Plague in India, 1896, 1897 - Volume 1
Year: 1896
Disease focus: Plague
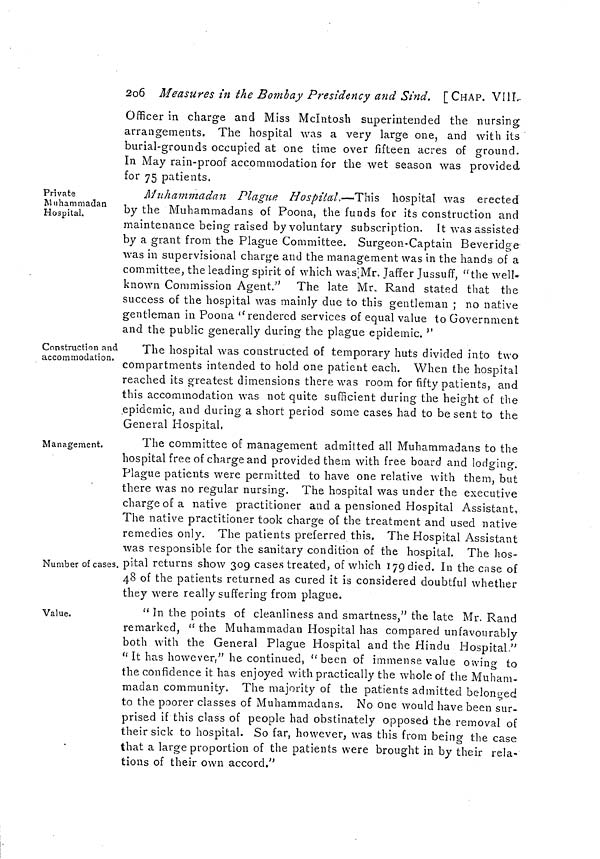
2o6 Measures in the Bombay Presidency and Sind. [CHAP. VIII.
Officer in charge and Miss McIntosh superintended the nursing
arrangements. The hospital was a very large one, and with its
burial-grounds occupied at one time over fifteen acres of ground.
In May rain-proof accommodation for the wet season was provided
for 75 patients.
Private
Muhammadan
Hospital.
Muhammadan Plague Hospital.—This hospital was erected
by the Muhammadans of Poona, the funds for its construction and
maintenance being raised by voluntary subscription. It was assisted
by a grant from the Plague Committee. Surgeon-Captain Beveridge
was in supervisional charge and the management was in the hands of a
committee, the leading spirit of which was Mr. Jaffer Jussuff, "the well-
known Commission Agent.'" The late Mr. Rand stated that the
success of the hospital was mainly due to this gentleman ; no native
gentleman in Poona "rendered services of equal value to Government
and the public generally during the plague epidemic. "
Construction and
accommodation.
The hospital was constructed of temporary huts divided into two
compartments intended to hold one patient each. When the hospital
reached its greatest dimensions there was room for fifty patients, and
this accommodation was not quite sufficient during the height of the
epidemic, and during a short period some cases had to be sent to the
General Hospital,
Management.
Number of cases.
The committee of management admitted all Muhammadans to the
hospital free of charge and provided them with free board and lodging.
Plague patients were permitted to have one relative with them, but
there was no regular nursing. The hospital was under the executive
charge of a native practitioner and a pensioned Hospital Assistant,
The native practitioner took charge of the treatment and used native
remedies only. The patients preferred this. The Hospital Assistant
was responsible for the sanitary condition of the hospital. The hos-
pital returns show 309 cases treated, of which 179 died. In the case of
48 of the patients returned as cured it is considered doubtful whether
they were really suffering from plague.
Value.
" In the points of cleanliness and smartness," the late Mr. Rand
remarked, " the Muhammadan Hospital has compared unfavourably
both with the General Plague Hospital and the Hindu Hospital,"
" It has however," he continued, "been of immense value owing to
the confidence it has enjoyed with practically the whole of the Muham-
madan community. The majority of the patients admitted belonged
to the poorer classes of Muhammadans. No one would have been sur-
prised if this class of people had obstinately opposed the removal of
their sick to hospital. So far, however, was this from being the case
that a large proportion of the patients were brought in by their rela-
tions of their own accord."